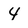
Character: 4